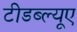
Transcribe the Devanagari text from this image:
टीडब्ल्‍यूए